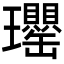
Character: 𤫡